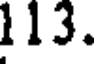
113.